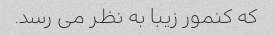
که کنمور زیبا به نظر می رسد.